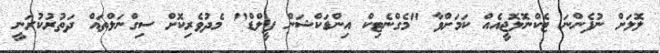
ލޮލަށް ނުފެންނަ ޓެކްނޮލޮޖީއެއް ކަމަށްވާ "މެގްނެޓިކް އިންޑަކްޝަން ފީލްޑް" މެދުވެރިކޮށް ސިގްނަލްތައް ދަތުރުކުރަނީ